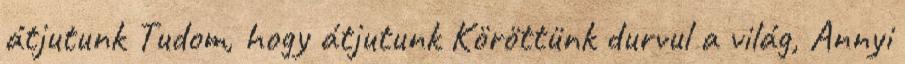
átjutunk Tudom, hogy átjutunk Köröttünk durvul a világ, Annyi